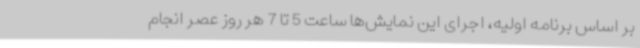
بر اساس برنامه اولیه، اجرای این نمایش‌ها ساعت 5 تا 7 هر روز عصر انجام